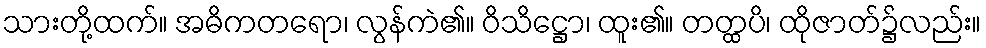
သားတို့ထက်။ အဓိကတရော၊ လွန်ကဲ၏။ ဝိသိဋ္ဌော၊ ထူး၏။ တတ္ထပိ၊ ထိုဇာတ်၌လည်း။